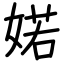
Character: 婼